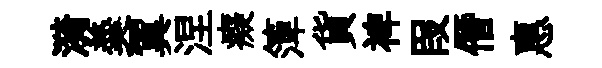
漪羮翼涅癡𥱼貨裨叚僭惠